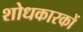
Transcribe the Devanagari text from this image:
शोधकारकों